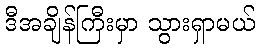
ဒီအချိန်ကြီးမှာ သွားရှာမယ်